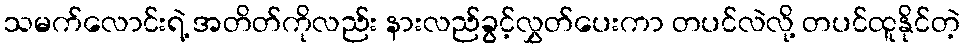
သမက်လောင်းရဲ့ အတိတ်ကိုလည်း နားလည်ခွင့်လွှတ်ပေးကာ တပင်လဲလို့ တပင်ထူနိုင်တဲ့